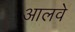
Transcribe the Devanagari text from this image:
आलवे